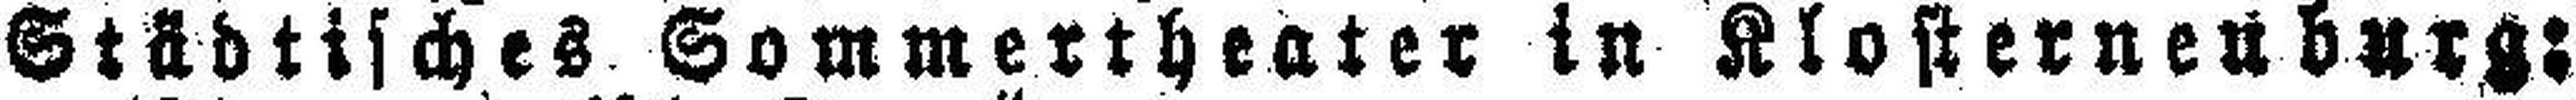
Städtisches Sommertheater in Klosterneuburg: